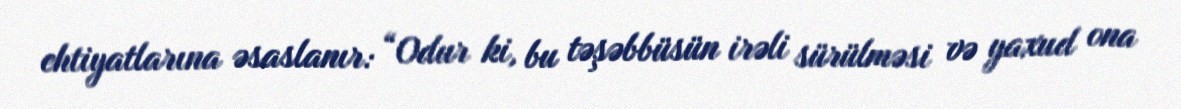
ehtiyatlarına əsaslanır: “Odur ki, bu təşəbbüsün irəli sürülməsi və yaxud ona